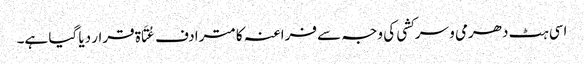
اسی ہٹ دھرمی و سرکشی کی وجہ سے فراعنہ کا مترادف عُتَاۃ قرار دیا گیا ہے۔